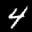
Label: 4